Civil Veterinary Department. Madras. Admin. report 1926-33 - 1926-1933
Year: 1926
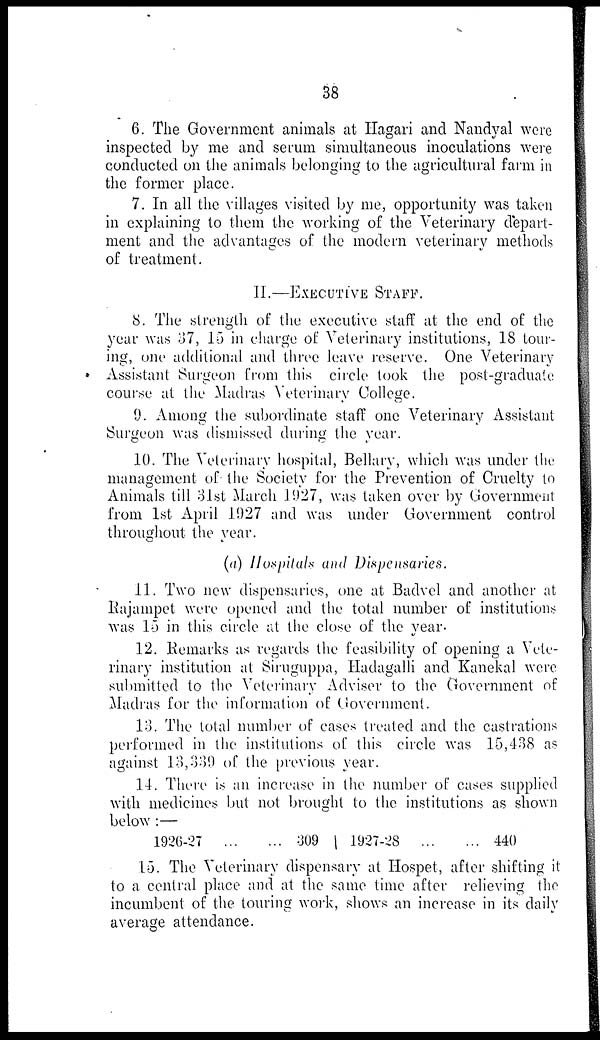
38
6. The Government animals at Hagari and Nandyal were
inspected by me and serum simultaneous inoculations were
conducted on the animals belonging to the agricultural farm in
the former place.
7. In all the villages visited by me, opportunity was taken
in explaining to them the working of the Veterinary depart-
ment and the advantages of the modern veterinary methods
of treatment.
II.—EXECUTIVE STAFF.
8. The strength of the executive staff at the end of the
year was 37, 15 in charge of Veterinary institutions, 18 tour-
ing, one additional and throe leave reserve. One Veterinary
Assistant Surgeon from this circle look the post-graduate
course at the Madras Veterinary College.
9. Among the subordinate staff one Veterinary Assistant
Surgeon was dismissed during the year.
10. The Veterinary hospital, Bellary, which was under the
management of the Society for the Prevention of Cruelty to
Animals till 31st March 1927, was taken over by Government
from 1st April 1927 and was under Government control
throughout the year.
(a) Hospitals and Dispensaries.
11. Two new dispensaries, one at Badvel and another at
Rajampet were opened and the total number of institutions
was 15 in this circle at the close of the year.
12. Remarks as regards the feasibility of opening a Vete-
rinary institution at Siruguppa, Hadagalli and Kanekal were
submitted to the Veterinary Adviser to the Government of
Madras for the information of Government.
13. The total number of cases treated and the castrations
performed in the institutions of this circle was 15,438 as
against 13,339 of the previous year.
14. There is an increase in the number of cases supplied
with medicines but not brought to the institutions as shown
below :—
1926-27
... ...
309
1927-28 ... ...
440
15. The Veterinary dispensary at Hospet, after shifting it
to a central place and at the same time after relieving the
incumbent of the touring work, shows an increase in its daily
average attendance.